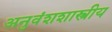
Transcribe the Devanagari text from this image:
अनुवंशशास्त्रीय